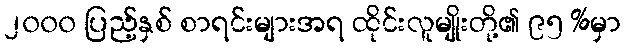
၂၀၀၀ ပြည့်နှစ် စာရင်းများအရ ထိုင်းလူမျိုးတို့၏ ၉၅ %မှာ